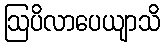
ဩပိလာပေယျာသိ